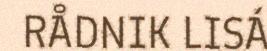
RÅDNIK LISÁ